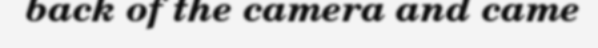
back of the camera and came